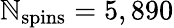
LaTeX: \mathbb{N}_{\mathrm{{spins}}}=5,890